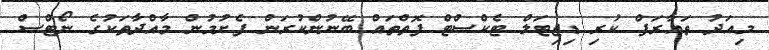
މިއަދު ތައާރަފް ކުރި ޑިޖިޓަލް ޓެކްސްޓް ފޮތްތައް ބޭނުންކުރަން ފެށުމުން މާއްދާތަކުގެ ނޯޓްސް